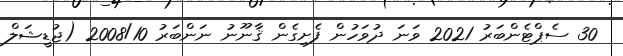
30 ސެޕްޓެންބަރު 2021 ވަނަ ދުވަހުން ފެށިގެން ޤާނޫނު ނަންބަރު 2008/10 (ޖުޑީޝަލް